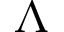
\Lambda